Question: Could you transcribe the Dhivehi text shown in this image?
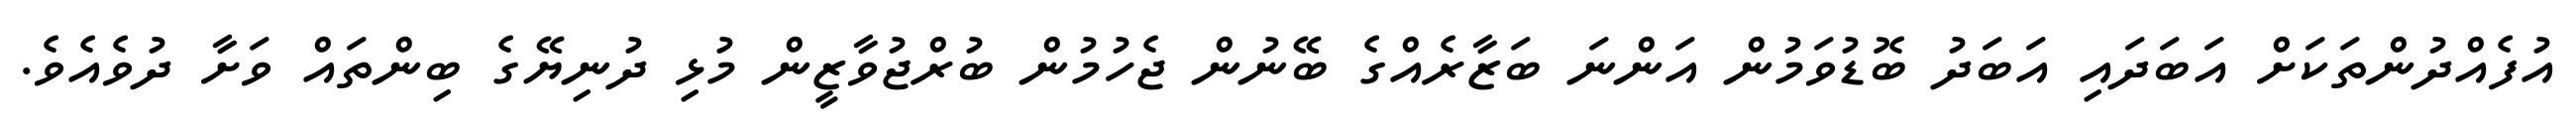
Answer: އުފެއްދުންތަކަށް އަބަދައި އަބަދު ބޮޑުވަމުން އަންނަ ބަޒާރެއްގެ ބޭނުން ޖެހުމުން ބުރްޖުވާޒީން މުޅި ދުނިޔޭގެ ބިންތައް ވަށާ ދުވެއެވެ.